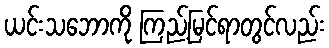
ယင်းသဘောကို ကြည့်မြင်ရာတွင်လည်း